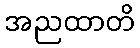
အညထာတိ